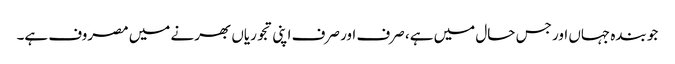
جو بندہ جہاں اور جس حال میں ہے، صرف اور صرف اپنی تجوریاں بھرنے میں مصروف ہے۔